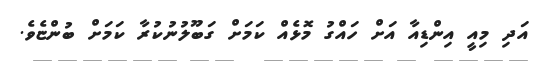
އަދި މިއީ އިންޑިއާ އަށް ހައްގު މޮޅެއް ކަމަށް ގަބޫލުނުކުރާ ކަމަށް ބުންޏެވެ.